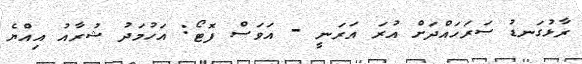
ރާޅުގަނޑު ސަރަހައްދަށް އުރަ އަރަނީ - އަވަސް ފޮޓޯ: އަހުމަދު ޝުރާއު އިއްޔެ